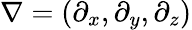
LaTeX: \nabla=(\partial_{x},\partial_{y},\partial_{z})